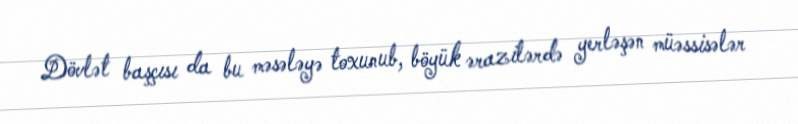
Dövlət başçısı da bu məsələyə toxunub, böyük ərazilərdə yerləşən müəssisələr